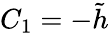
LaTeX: C_{1}=-\tilde{h}